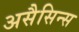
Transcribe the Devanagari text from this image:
असैसिन्स